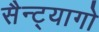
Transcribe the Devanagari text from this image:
सैन्ट्यागो